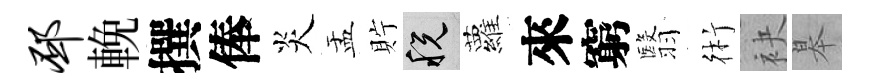
邳輓撰俸炎盂貯税蘿來窮翳術袂皋